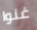
غنوا